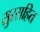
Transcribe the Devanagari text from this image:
सुरसहित